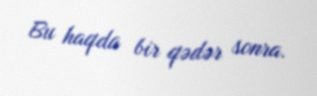
Bu haqda bir qədər sonra.